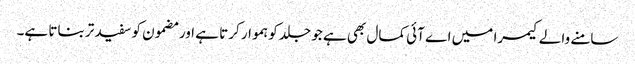
سامنے والے کیمرا میں اے آئی کمال بھی ہے جو جلد کو ہموار کرتا ہے اور مضمون کو سفید تر بناتا ہے۔